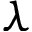
\lambda